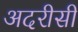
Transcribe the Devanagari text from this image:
अदरीसी